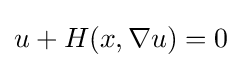
u+H(x,\nabla u)=0